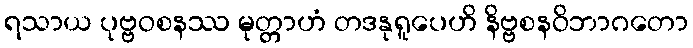
ရသာယ ပုဗ္ဗဝစနဿ မုတ္တာဟံ တဒနုရူပေဟိ နိဗ္ဗစနဝိဘာဂတော